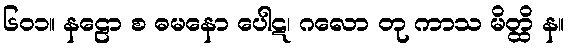
၆၀၁။ နဠော စ ဓမနော ပေါဋ၊ ဂလော တု ကာသ မိတ္ထိ န။